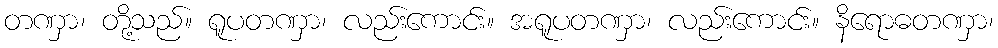
တဏှာ၊ တို့သည်။ ရူပတဏှာ၊ လည်းကောင်း။ အရူပတဏှာ၊ လည်းကောင်း။ နိရောဓတဏှာ၊